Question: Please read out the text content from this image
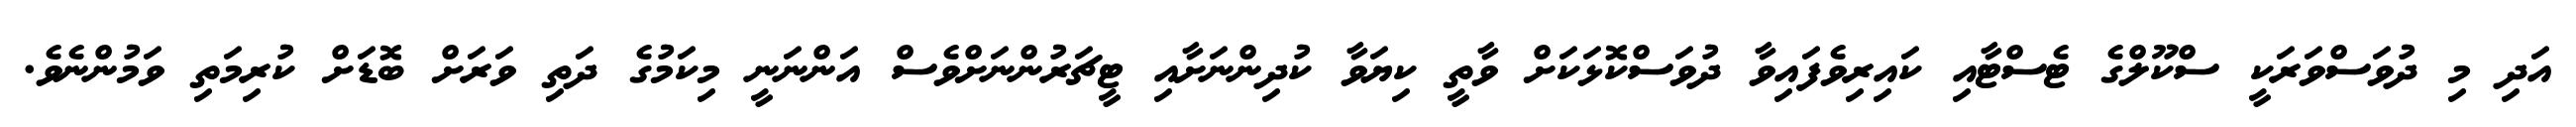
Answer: އަދި މި ދުވަސްވަރަކީ ސްކޫލްގެ ޓެސްޓާއި ކައިރިވެފައިވާ ދުވަސްކޮޅަކަށް ވާތީ ކިޔަވާ ކުދިންނަށާއި ޓީޗަރުންނަށްވެސް އަންނަނީ މިކަމުގެ ދަތި ވަރަށް ބޮޑަށް ކުރިމަތި ވަމުންނެވެ.